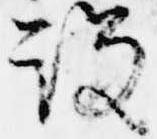
設